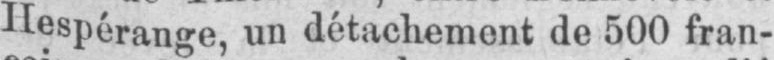
Hespérange, un détachement de 500 fran-